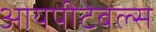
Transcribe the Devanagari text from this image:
आयपीटेबल्स